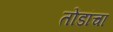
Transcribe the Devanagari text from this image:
तोंडांचा